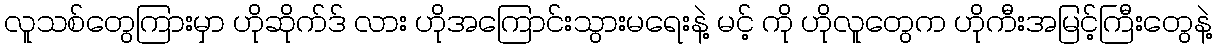
လူသစ်တွေကြားမှာ ဟိုဆိုက်ဒ် လား ဟိုအကြောင်းသွားမရေးနဲ့ မင့် ကို ဟိုလူတွေက ဟိုကီးအမြင့်ကြီးတွေနဲ့